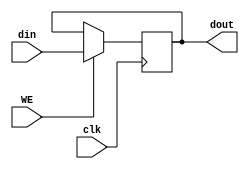
module register (clk, din, WE, dout);

    parameter width = 32;

    input clk, WE;
    input [width-1:0] din;
    output [width-1:0] dout;

    reg [width-1:0] dout = 0;

    always @(posedge clk) begin
        if (WE) begin
            dout <= din;
        end
    end

endmodule